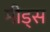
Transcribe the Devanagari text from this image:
मीड्स